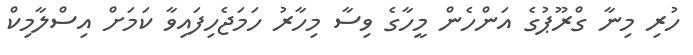
ހުރި މިނާ ގްރޫޕުގެ އަންހެން މީހާގެ ވިސާ މިހާރު ހަމަޖެހިފައިވާ ކަމަށް އިސްލާމިކް